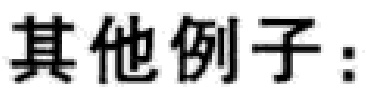
其他例子：